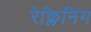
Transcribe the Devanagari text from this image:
रेक्लिनिंग